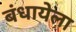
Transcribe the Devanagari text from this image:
बंधायेला